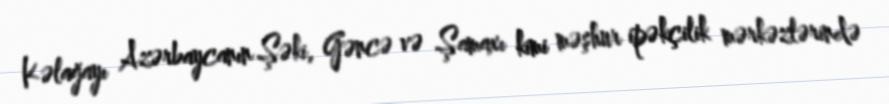
Kəlağayı Azərbaycanın Şəki, Gəncə və Şamaxı kimi məşhur ipəkçilik mərkəzlərində